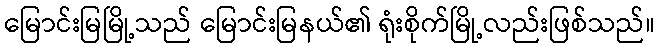
မြောင်းမြမြို့သည် မြောင်းမြနယ်၏ ရုံးစိုက်မြို့လည်းဖြစ်သည်။